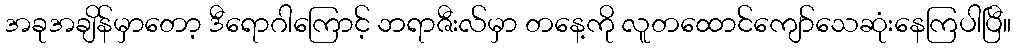
အခုအချိန်မှာတော့ ဒီရောဂါကြောင့် ဘရာဇီးလ်မှာ တနေ့ကို လူတထောင်ကျော်သေဆုံးနေကြပါပြီ။